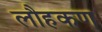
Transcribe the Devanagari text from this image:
लौहकण